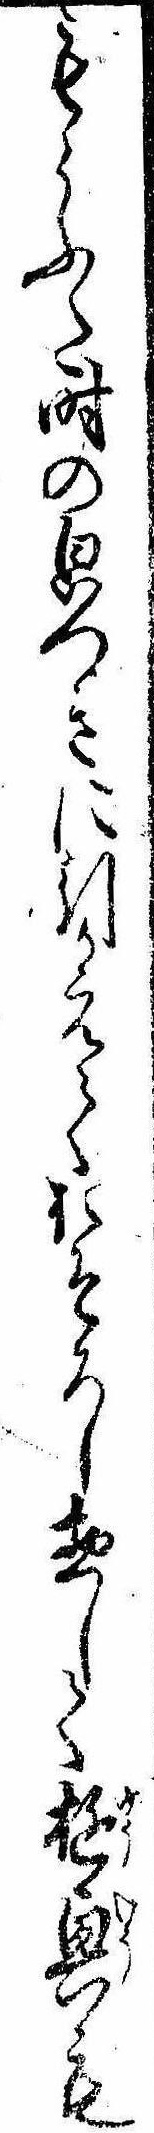
もらふた時の㒵つきに引かえておそろし惣して遊興も